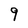
Character: 9